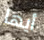
أيها